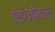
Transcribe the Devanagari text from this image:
एंडोजीनस